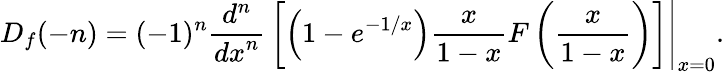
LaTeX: D_{f}(-n)=(-1)^{n}{\frac{d^{n}}{{dx}^{n}}}\left[\left(1-e^{-1/x}\right){\frac{x}{1-x}}F\left({\frac{x}{1-x}}\right)\right]{\Biggr|}_{x=0}.